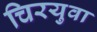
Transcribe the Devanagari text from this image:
चिरयुवा